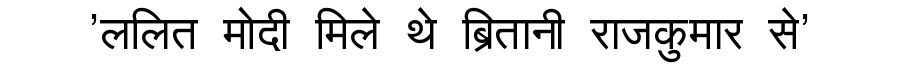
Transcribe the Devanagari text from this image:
'ललित मोदी मिले थे ब्रितानी राजकुमार से'